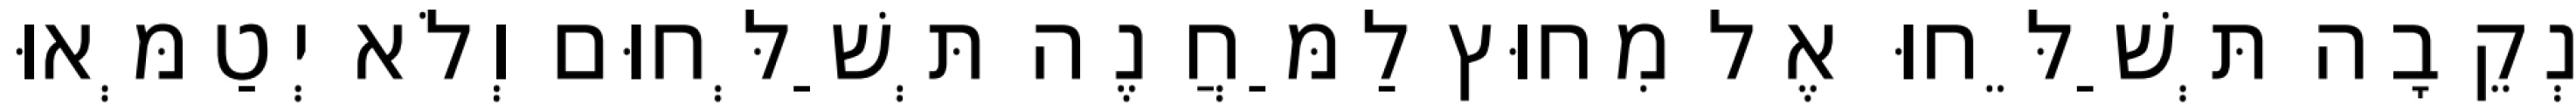
נְקֵבָה תְּשַׁלֵּחוּ אֶל מִחוּץ לַמַּחֲנֶה תְּשַׁלְּחוּם וְלֹא יְטַמְּאוּ